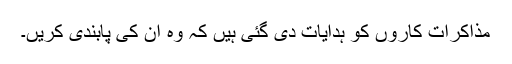
مذاکرات کاروں کو ہدایات دی گئی ہیں کہ وہ ان کی پابندی کریں۔